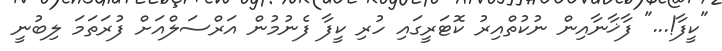
"ކީފާ!..." ފާޚާނާއިން ނުކުތްއިރު ކޮޓަރީގައި ހުރި ކީފާ ފެނުމުން އަރްސަލްއަށް ފުރަތަމަ ލިބުނީ